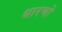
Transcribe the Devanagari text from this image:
धारणो